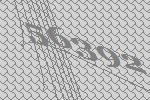
56392